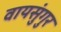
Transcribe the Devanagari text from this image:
वायसुंगुर